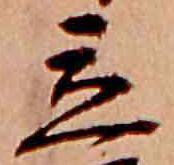
立